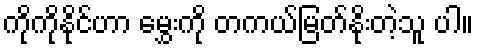
ကိုကိုနိုင်ဟာ မွှေးကို တကယ်မြတ်နိုးတဲ့သူ ပါ။